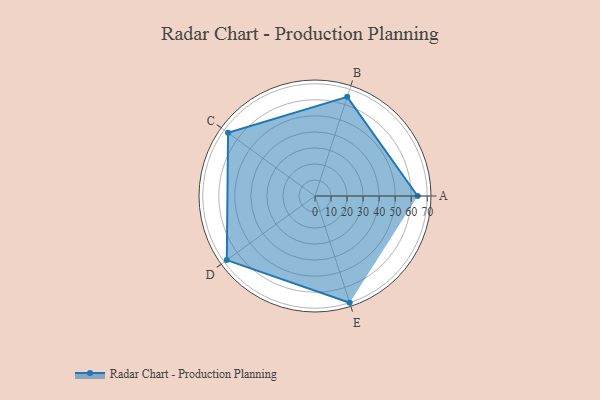
{"axis": {"x": "Skill", "y": "Score"}, "legend": ["Profile"], "data": [{"x": "A", "y": 64.0, "type": "Profile"}, {"x": "B", "y": 65.0, "type": "Profile"}, {"x": "C", "y": 67.0, "type": "Profile"}, {"x": "D", "y": 68.0, "type": "Profile"}, {"x": "E", "y": 70.0, "type": "Profile"}]}